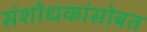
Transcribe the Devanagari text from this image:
संशोधकांसोबत